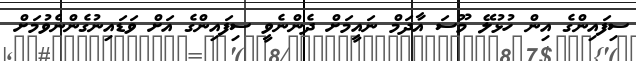
ސިފައިންގެ އިން ހުޅުލޭ މޫސަ އާދަމް ނައީމަށް ދެންނެވީ ސިފައިންގެ އަށް ވަޑައިނުގެންނެވުމަށް